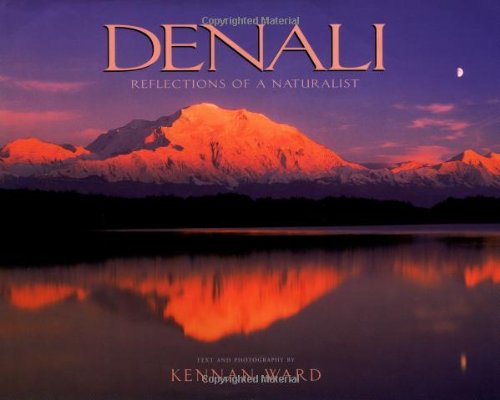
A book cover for Denali : Reflections of a Naturalist; Kennan Ward; Travel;